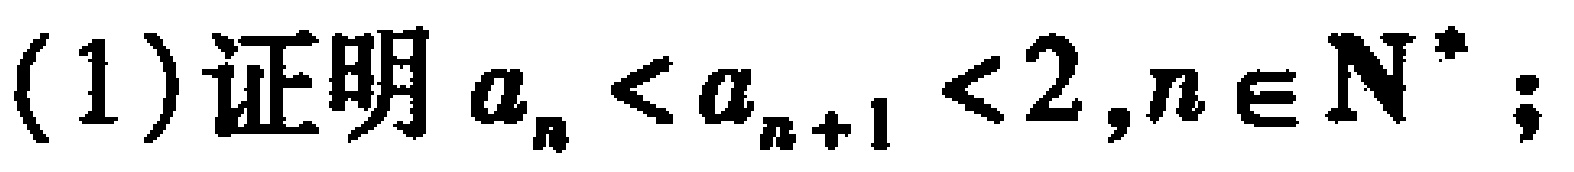
(1)证明 \(a_{n}<a_{n + 1}<2,n\in\mathbb{N}^{*}\);